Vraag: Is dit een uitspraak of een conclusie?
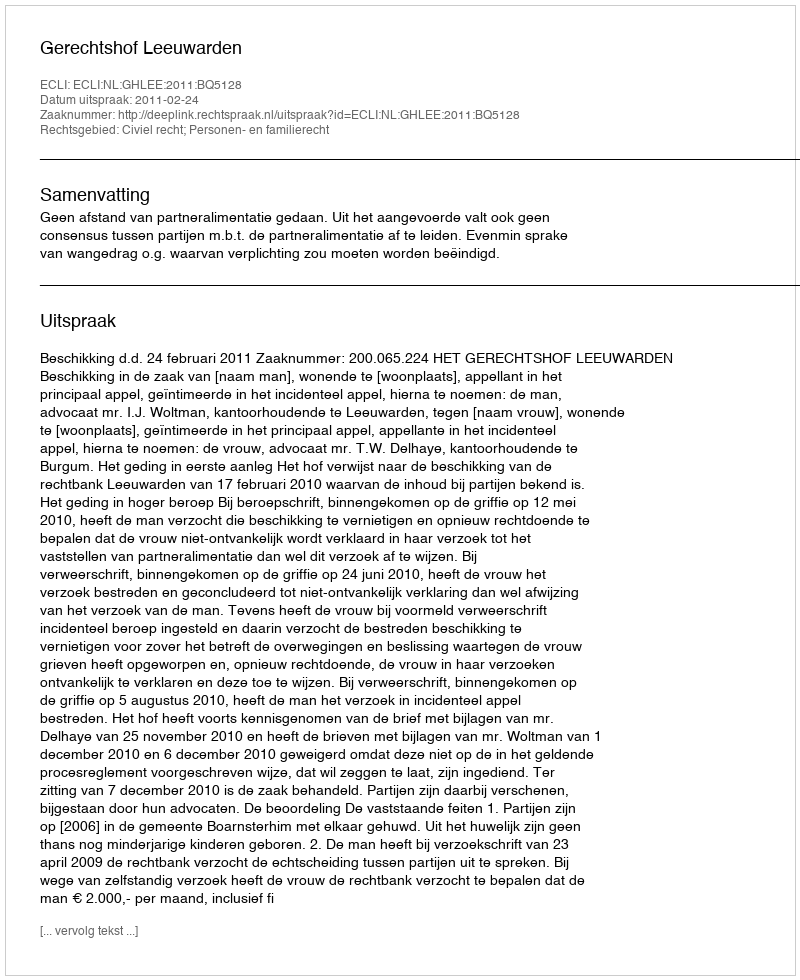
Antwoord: Uitspraak